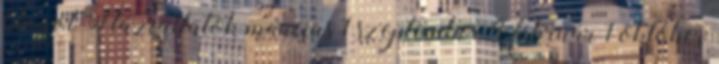
blogot Háziállatok március 1 szeptember 4 február 1 október